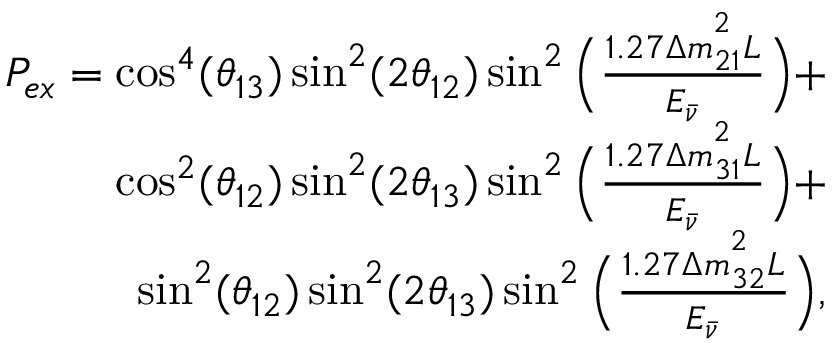
\begin{array} { r } { P _ { e x } = \cos ^ { 4 } ( \theta _ { 1 3 } ) \sin ^ { 2 } ( 2 \theta _ { 1 2 } ) \sin ^ { 2 } \Big ( \frac { 1 . 2 7 \Delta m _ { 2 1 } ^ { ^ { 2 } } L } { E _ { \bar { \nu } } } \Big ) + } \\ { \cos ^ { 2 } ( \theta _ { 1 2 } ) \sin ^ { 2 } ( 2 \theta _ { 1 3 } ) \sin ^ { 2 } \Big ( \frac { 1 . 2 7 \Delta m _ { 3 1 } ^ { ^ { 2 } } L } { E _ { \bar { \nu } } } \Big ) + } \\ { \sin ^ { 2 } ( \theta _ { 1 2 } ) \sin ^ { 2 } ( 2 \theta _ { 1 3 } ) \sin ^ { 2 } \Big ( \frac { 1 . 2 7 \Delta m _ { 3 2 } ^ { ^ { 2 } } L } { E _ { \bar { \nu } } } \Big ) , } \end{array}